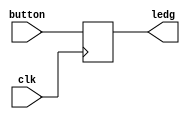
// --------------------------------------------------------------------
// Copyright (c) 2019 by Tyler Camp
// --------------------------------------------------------------------
//
// he make display go BPOIEPEPROIJ
//
//

module button_test	(
							clk,	
							button,
							ledg
						);
					
input						clk;
input 					button;
output					ledg;		

//=======================================================
//  REG/WIRE declarations
//=======================================================
wire button;
reg ledg;

//=======================================================
//  Structural coding
//=======================================================
always @(posedge clk)
	ledg <= button;

endmodule